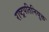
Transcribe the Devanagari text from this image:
राष्ट्रपतिनियुक्त